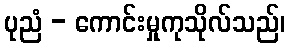
ပုညံ - ကောင်းမှုကုသိုလ်သည်၊